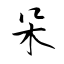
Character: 朵